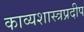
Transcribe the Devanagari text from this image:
काव्यशास्त्रप्रदीप